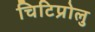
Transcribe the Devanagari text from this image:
चिटिप्रोलु